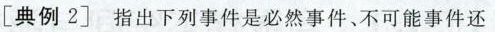
[典例2]指出下列事件是必然事件、不可能事件还